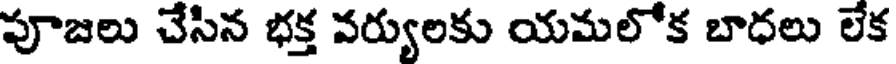
పూజలు చేసిన భక్త వర్యులకు యమలోక బాధలు లేక